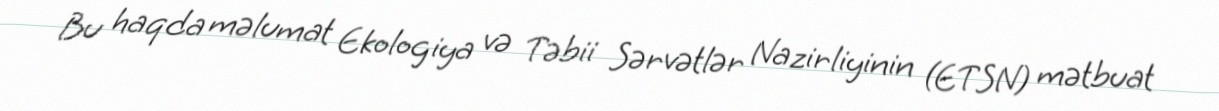
Bu haqda məlumat Ekologiya və Təbii Sərvətlər Nazirliyinin (ETSN) mətbuat